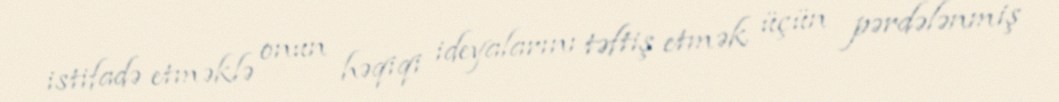
istifadə etməklə onun həqiqi ideyalarını təftiş etmək üçün pərdələnmiş